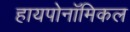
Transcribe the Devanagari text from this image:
हायपोनॉमिकल